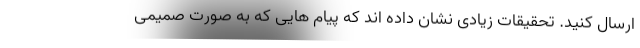
ارسال کنید. تحقیقات زیادی نشان داده اند که پیام هایی که به صورت صمیمی